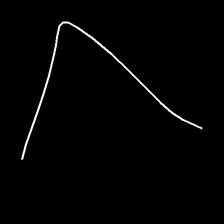
Glyph: region